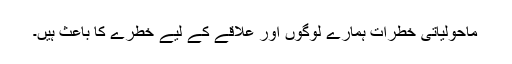
ماحولیاتی خطرات ہمارے لوگوں اور علاقے کے لیے خطرے کا باعث ہیں۔